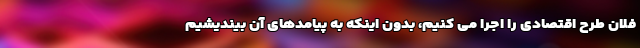
فلان طرح اقتصادی را اجرا می کنیم، بدون اینکه به پیامدهای آن بیندیشیم